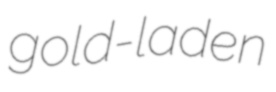
gold-laden